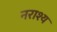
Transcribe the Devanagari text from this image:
नराश्य